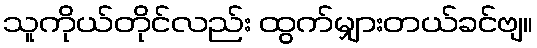
သူကိုယ်တိုင်လည်း ထွက်မျှားတယ်ခင်ဗျ။